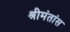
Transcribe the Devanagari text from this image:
श्रीमंतांस